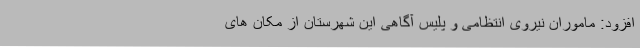
افزود: ماموران نیروی انتظامی و پلیس آگاهی این شهرستان از مکان های